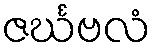
ဇင်္ဃဗလံ